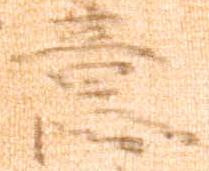
意